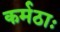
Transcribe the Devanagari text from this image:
कर्मठाः